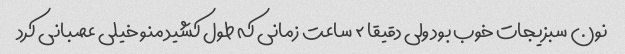
نون سبزیجات خوب بود ولی دقیقا ٢ ساعت زمانی که طول کشید منو خیلی عصبانی کرد